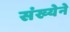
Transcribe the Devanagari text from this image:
संख्‍येने